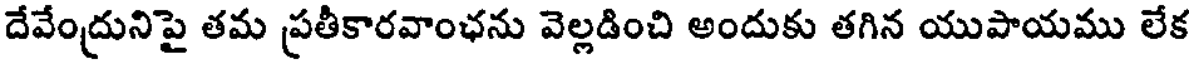
దేవేంద్రునిపై తమ ప్రతీకారవాంఛను వెల్లడించి అందుకు తగిన యుపాయము లేక